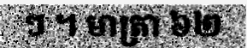
ៗ ។ មាត្រា ៦២